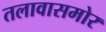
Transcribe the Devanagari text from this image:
तलावासमोर